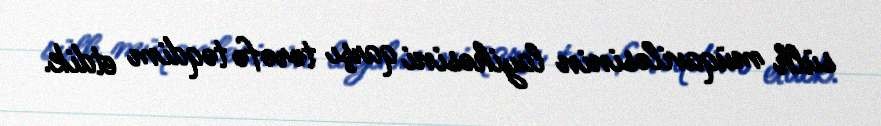
sülh müqaviləsinin layihəsini qarşı tərəfə təqdim etdik.